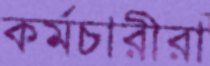
কর্মচারীরা